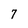
Character: 7